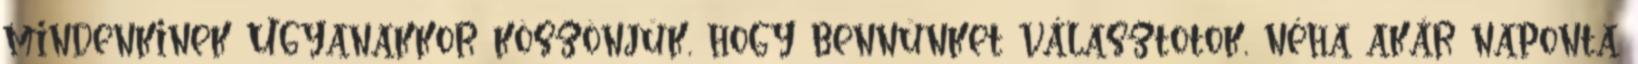
mindenkinek Ugyanakkor köszönjük, hogy bennünket választotok, néha akár naponta